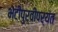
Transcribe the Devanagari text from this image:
भेटीपुर्वीपर्यंत